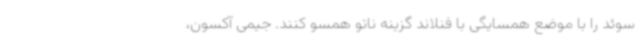
سوئد را با موضع همسایگی با فنلاند گزینه ناتو همسو کنند. جیمی آکسون،